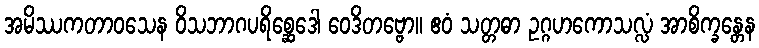
အမိဿကတာဝသေန ဝိသဘာဂပရိစ္ဆေဒေါ ဝေဒိတဗ္ဗော။ ဧဝံ သတ္တဓာ ဥဂ္ဂဟကောသလ္လံ အာစိက္ခန္တေန